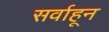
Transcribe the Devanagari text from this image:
सर्वाहून